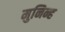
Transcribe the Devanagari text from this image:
मुनिन्ह